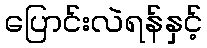
ပြောင်းလဲရန်နှင့်